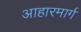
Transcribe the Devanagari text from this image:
आहारमार्ग